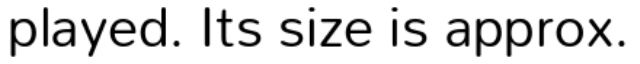
played. Its size is approx.